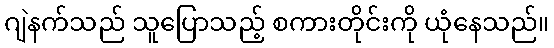
ဂျဲနက်သည် သူပြောသည့် စကားတိုင်းကို ယုံနေသည်။